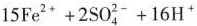
15Fe^{2+}+2SO_{4}^{2-}+16H^{+}